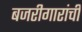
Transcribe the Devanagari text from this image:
बजरीगारांची